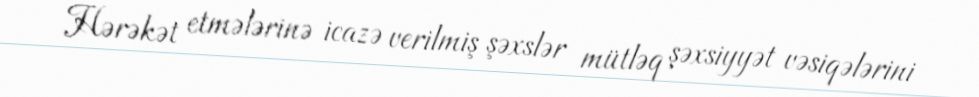
Hərəkət etmələrinə icazə verilmiş şəxslər mütləq şəxsiyyət vəsiqələrini